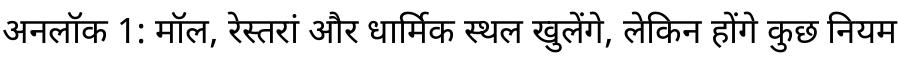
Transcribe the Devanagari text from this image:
अनलॉक 1: मॉल, रेस्तरां और धार्मिक स्थल खुलेंगे, लेकिन होंगे कुछ नियम